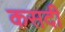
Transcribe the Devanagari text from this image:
कसदी